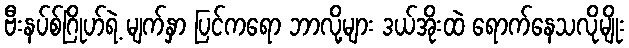
ဗီးနပ်စ်ဂြိုဟ်ရဲ့ မျက်နှာ ပြင်ကရော ဘာလို့များ ဒယ်အိုးထဲ ရောက်နေသလိုမျိုး